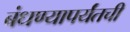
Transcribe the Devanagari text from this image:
बंधण्यापर्यंतची